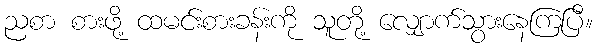
ညစာ စားဖို့ ထမင်းစားခန်းကို သူတို့ လျှောက်သွားနေကြပြီ။